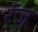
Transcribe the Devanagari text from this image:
रँज